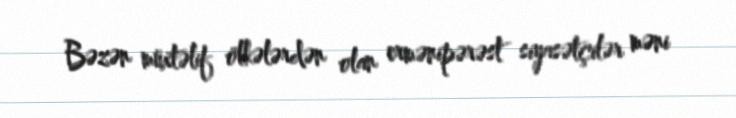
Bəzən müxtəlif ölkələrdən olan ermənipərəst siyasətçilər məni